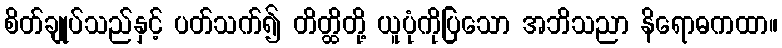
စိတ်ချုပ်သည်နှင့် ပတ်သက်၍ တိတ္ထိတို့ ယူပုံကိုပြသော အဘိသညာ နိရောဓကထာ။